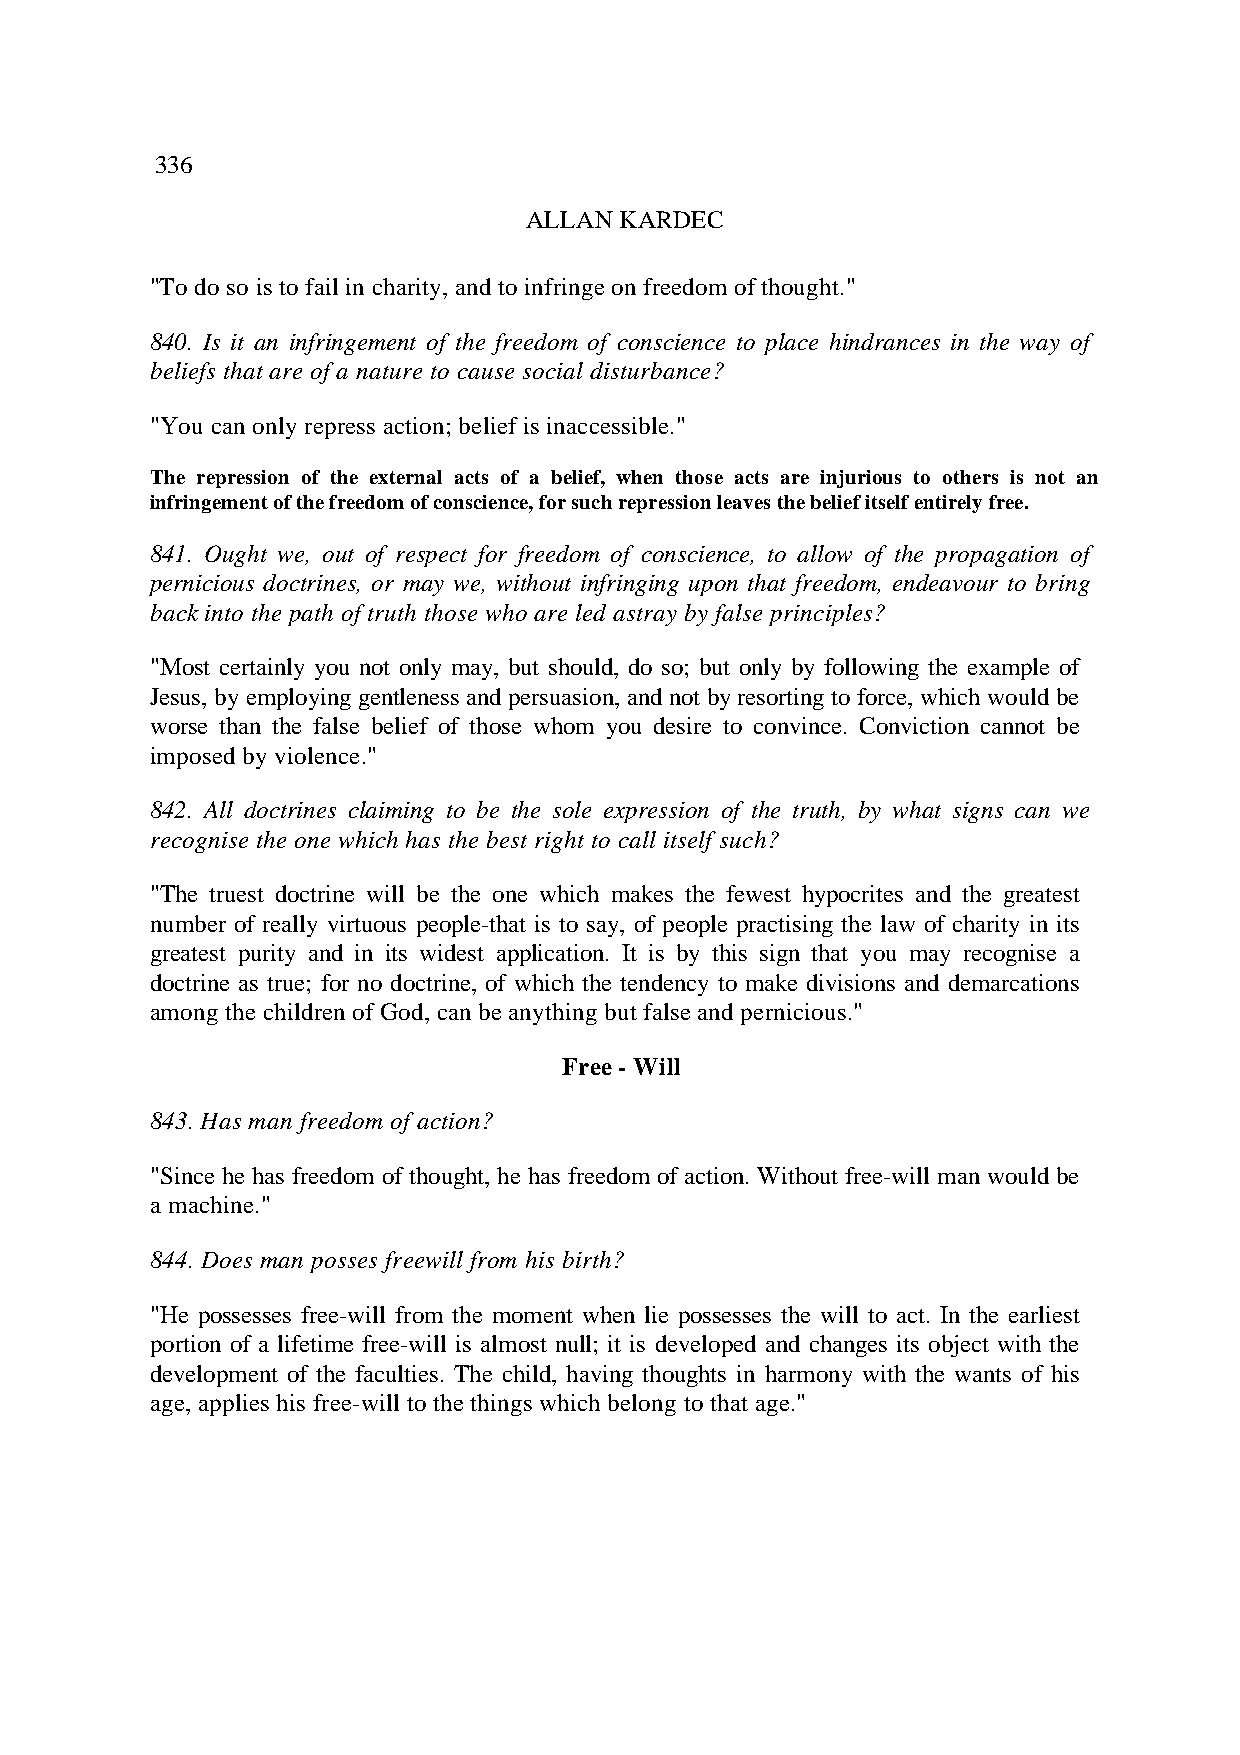
336
 ALLAN KARDEC
 "To do so is to fail in charity, and to infringe on freedom of thought."
 840. Is it an infringement of the freedom of conscience to place hindrances in the way of
 beliefs that are of a nature to cause social disturbance?
 "You can only repress action; belief is inaccessible."
 The repression of the external acts of a belief, when those acts are injurious to others is not an
 infringement of the freedom of conscience, for such repression leaves the belief itself entirely free.
 841. Ought we, out of respect for freedom of conscience, to allow of the propagation of
 pernicious doctrines, or may we, without infringing upon that freedom, endeavour to bring
 back into the path of truth those who are led astray by false principles?
 "Most certainly you not only may, but should, do so; but only by following the example of
 Jesus, by employing gentleness and persuasion, and not by resorting to force, which would be
 worse than the false belief of those whom you desire to convince. Conviction cannot be
 imposed by violence."
 842. All doctrines claiming to be the sole expression of the truth, by what signs can we
 recognise the one which has the best right to call itself such?
 "The truest doctrine will be the one which makes the fewest hypocrites and the greatest
 number of really virtuous people-that is to say, of people practising the law of charity in its
 greatest purity and in its widest application. It is by this sign that you may recognise a
 doctrine as true; for no doctrine, of which the tendency to make divisions and demarcations
 among the children of God, can be anything but false and pernicious."
 Free - Will
 843. Has man freedom of action?
 "Since he has freedom of thought, he has freedom of action. Without free-will man would be
 a machine."
 844. Does man posses freewill from his birth?
 "He possesses free-will from the moment when lie possesses the will to act. In the earliest
 portion of a lifetime free-will is almost null; it is developed and changes its object with the
 development of the faculties. The child, having thoughts in harmony with the wants of his
 age, applies his free-will to the things which belong to that age."